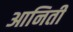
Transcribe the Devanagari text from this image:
आनिती